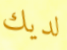
لديك